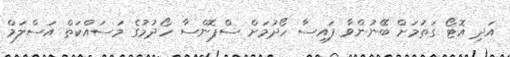
އަދި އޮޓޯ ގަތުމަށް ބޭނުންވާ ފައިސާ ހޯދުމަށް ސްޕޮންސާ ހޯދުމުގެ މަސައްކަތް އަސްލަމް